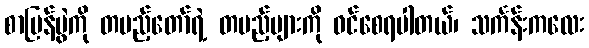
စာပြန်ပွဲကို တပည့်တော်ရဲ့ တပည့်များကို ဝင်စေရပါတယ်၊ သင်္ကန်းကလေး